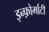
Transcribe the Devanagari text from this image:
इन्फ़ोर्माटी